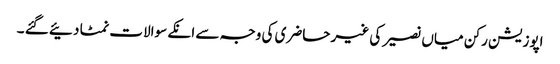
اپوزیشن رکن میاں نصیر کی غیر حاضری کی وجہ سے انکے سوالات نمٹا دئیے گئے ۔